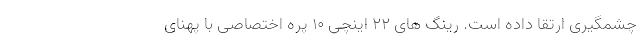
چشمگیری ارتقا داده است. رینگ های 22 اینچی 10 پره اختصاصی با پهنای